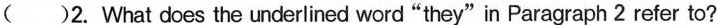
()3.According to the passage，-\underlineof social media users are under the age of30.